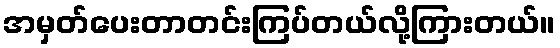
အမှတ်ပေးတာတင်းကြပ်တယ်လို့ကြားတယ်။